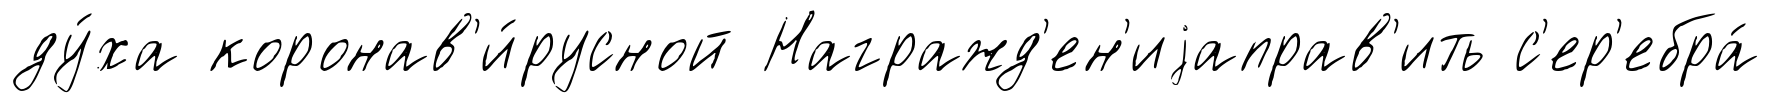
ду́ха коронав'и́русной Награжд'ен'иjаправ'ить с'ер'ебра́